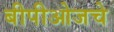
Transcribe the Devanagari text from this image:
बीपीओजचे